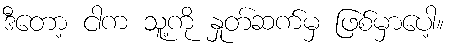
ဒီတော့ ငါက သူ့ကို နှုတ်ဆက်မှ ဖြစ်မှာပေါ့။